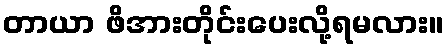
တာယာ ဖိအားတိုင်းပေးလို့ရမလား။